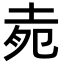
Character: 𡋞